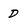
Character: D